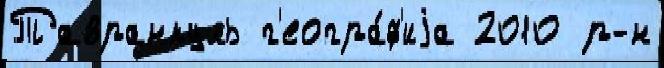
Тавранкуль г'еогра́ф'иjа 2010 р-н